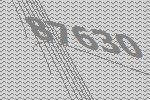
87630